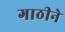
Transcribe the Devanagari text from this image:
गाठीने